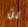
لن